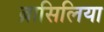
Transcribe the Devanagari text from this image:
ब्रासिलिया